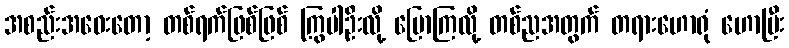
အစည်းအဝေးတော့ တစ်ရက်ဖြစ်ဖြစ် ကြွပါဦးလို့ ပြောကြလို့ တစ်ညအတွက် တရားဟောရုံ ဟောပြီး